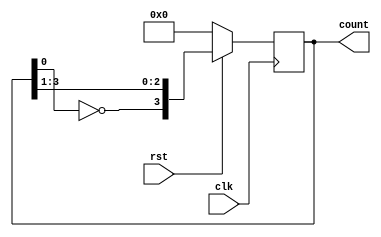
`timescale 1ns/1ps

module johnsonCounter(clk, rst, count);//johnsonCounter modlnn tanmlanmas
  parameter WIDTH = 4;// johnson counter boyutu iin parametre. leklendirilebilirlik salyor
  
  input wire clk, rst;
  output reg [WIDTH-1:0]count; //nceden tanmlanan parametreye gre otomatik boyutlandrlan k registeri
    
  always @ (posedge clk) begin //clk nin ykselen kenarnda gerekleecek olaylar
    
    if (~rst) count=0;	//reset gelirse saya sfrlanr
    
    //johnson counterin doruluk tablosuna gre her clockta ilk biti son bitin deiline eitleyip kalanlar bir bit sona doru kaydrmak gerekiyor
    
    
    else count={~count[0],count[WIDTH-1:1]}; //reset gelmezse bu kod paras tam olarak bu ii yapar.
    	
  end
endmodule